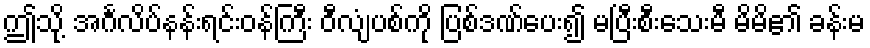
ဤသို့ အင်္ဂလိပ်နန်းရင်းဝန်ကြီး ဝီလျံပစ်ကို ပြစ်ဒဏ်ပေး၍ မပြီးစီးသေးမီ မိမိ၏ ခန်းမ